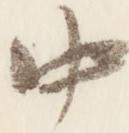
中